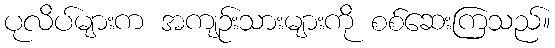
ပုလိပ်များက အကျဉ်းသားများကို စစ်ဆေးကြသည်။